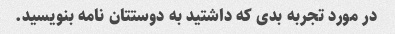
در مورد تجربه بدی که داشتید به دوستتان نامه بنویسید.